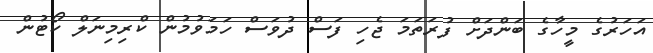
އަހަރުގެ މީހާގެ ބަންދަށް ފުރަތަމަ ޖެހި ފަސް ދުވަސް ހަމަވުމުން ކްރިމިނަލް ކޯޓުން